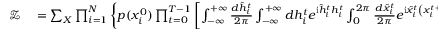
\begin{array} { r l } { \mathcal { Z } } & { { } = \sum _ { \boldsymbol { X } } \prod _ { i = 1 } ^ { N } \left\{ p ( x _ { i } ^ { 0 } ) \prod _ { t = 0 } ^ { T - 1 } \left[ \int _ { - \infty } ^ { + \infty } \frac { d \hat { h } _ { i } ^ { t } } { 2 \pi } \int _ { - \infty } ^ { + \infty } d h _ { i } ^ { t } e ^ { \mathrm { i } \hat { h } _ { i } ^ { t } h _ { i } ^ { t } } \int _ { 0 } ^ { 2 \pi } \frac { d \hat { x } _ { i } ^ { t } } { 2 \pi } e ^ { \mathrm { i } \hat { x } _ { i } ^ { t } \left( x _ { i } ^ { t + 1 } - x _ { i } ^ { t } \right) } \right. \right. } \end{array}